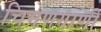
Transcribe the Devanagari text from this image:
चिमणगाणी